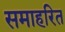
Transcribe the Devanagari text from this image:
समाहरित